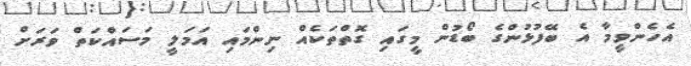
އެހެންވީމާ އެ ބޭފުޅުންގެ ބޯޑުން މީގައި ގޮތްތަކެއް ނިންމައި އަމަލީ މަސައްކަތް ވަރަށް